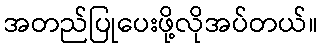
အတည်ပြုပေးဖို့လိုအပ်တယ်။